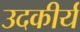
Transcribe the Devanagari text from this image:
उदकीर्य